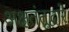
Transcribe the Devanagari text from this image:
अक्षतंतूद्वारे